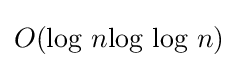
O{\text{(log }}n{\text{log log }}n)